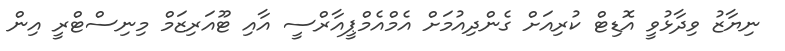
ނިޔާޒު ވިދާޅުވީ އޮޑިޓް ކުރިއަށް ގެންދިއުމަށް އެމްއެމްޕީއާރްސީ އާއި ޓޫއަރިޒަމް މިނިސްޓްރީ އިން